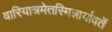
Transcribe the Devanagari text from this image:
वारियात्रमेतस्मिन्नार्यावर्तें